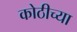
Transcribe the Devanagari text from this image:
कोठीच्या